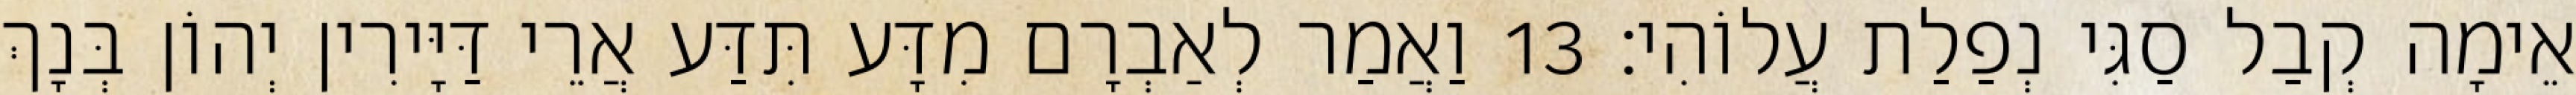
אֵימָה קְבַל סַגִּי נְפַלַת עֲלוֹהִי׃ 13 וַאֲמַר לְאַבְרָם מִדָּע תִּדַּע אֲרֵי דַּיָּירִין יְהוֹן בְּנָךְ